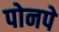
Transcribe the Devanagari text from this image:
पोनपे